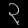
Digit: ၃